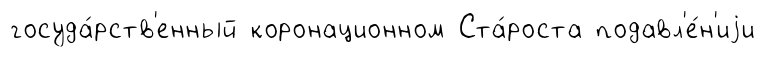
госуда́рств'енный коронационном Ста́роста подавл'е́н'иjи